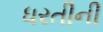
ધરતીની